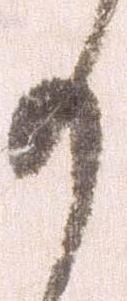
も